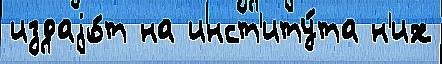
издаjо́т на инст'иту́та н'их